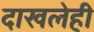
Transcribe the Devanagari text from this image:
दाखलेही